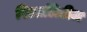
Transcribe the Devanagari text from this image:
रिआलिटीज